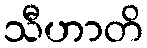
သီဟာတိ